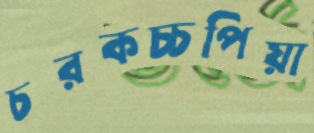
চরকচ্চপিয়া